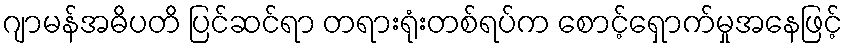
ဂျာမန်အဓိပတိ ပြင်ဆင်ရာ တရားရုံးတစ်ရပ်က စောင့်ရှောက်မှုအနေဖြင့်